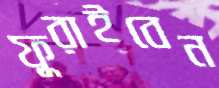
ফুরাইবেন